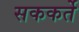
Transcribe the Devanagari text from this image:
सककर्ते